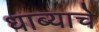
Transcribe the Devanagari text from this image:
धाब्याचे